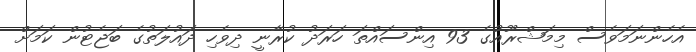
އެހެންނަމަވެސް މިމަޝްރޫއުގެ 93 އިންސައްތަ ހަރަދު ކުރާނީ ދިވެހި ދައުލަތުގެ ބަޖެޓުން ކަމަށް